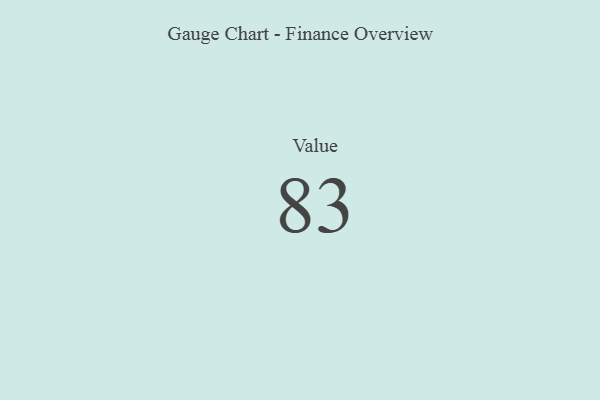
{"axis": {"x": "Metric", "y": "Value"}, "legend": [""], "data": [{"x": "Value", "y": 83, "type": ""}]}